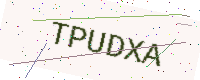
Text: TPUDXA